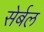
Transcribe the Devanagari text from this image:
सेर्बल